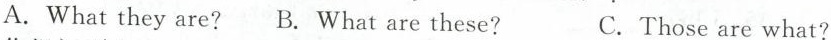
A. What they are? B. What are these?